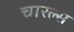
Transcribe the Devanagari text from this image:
चारल्स